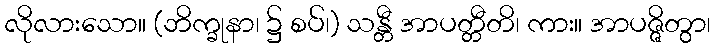
လိုလားသော။ (ဘိက္ခုနာ၊ ၌ စပ်၊) သန္တီ အာပတ္တီတိ၊ ကား။ အာပဇ္ဇိတွာ၊